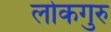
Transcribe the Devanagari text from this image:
लोकगुरु